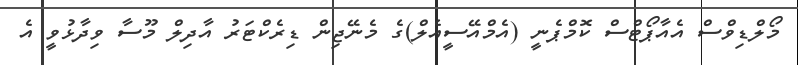
މޯލްޑިވްސް އެއާޕޯޓްސް ކޮމްޕެނީ (އެމްއޭސީއެލް)ގެ މެނޭޖިން ޑިރެކްޓަރު އާދިލް މޫސާ ވިދާޅުވީ އެ